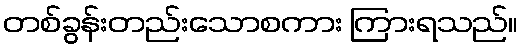
တစ်ခွန်းတည်းသောစကား ကြားရသည်။